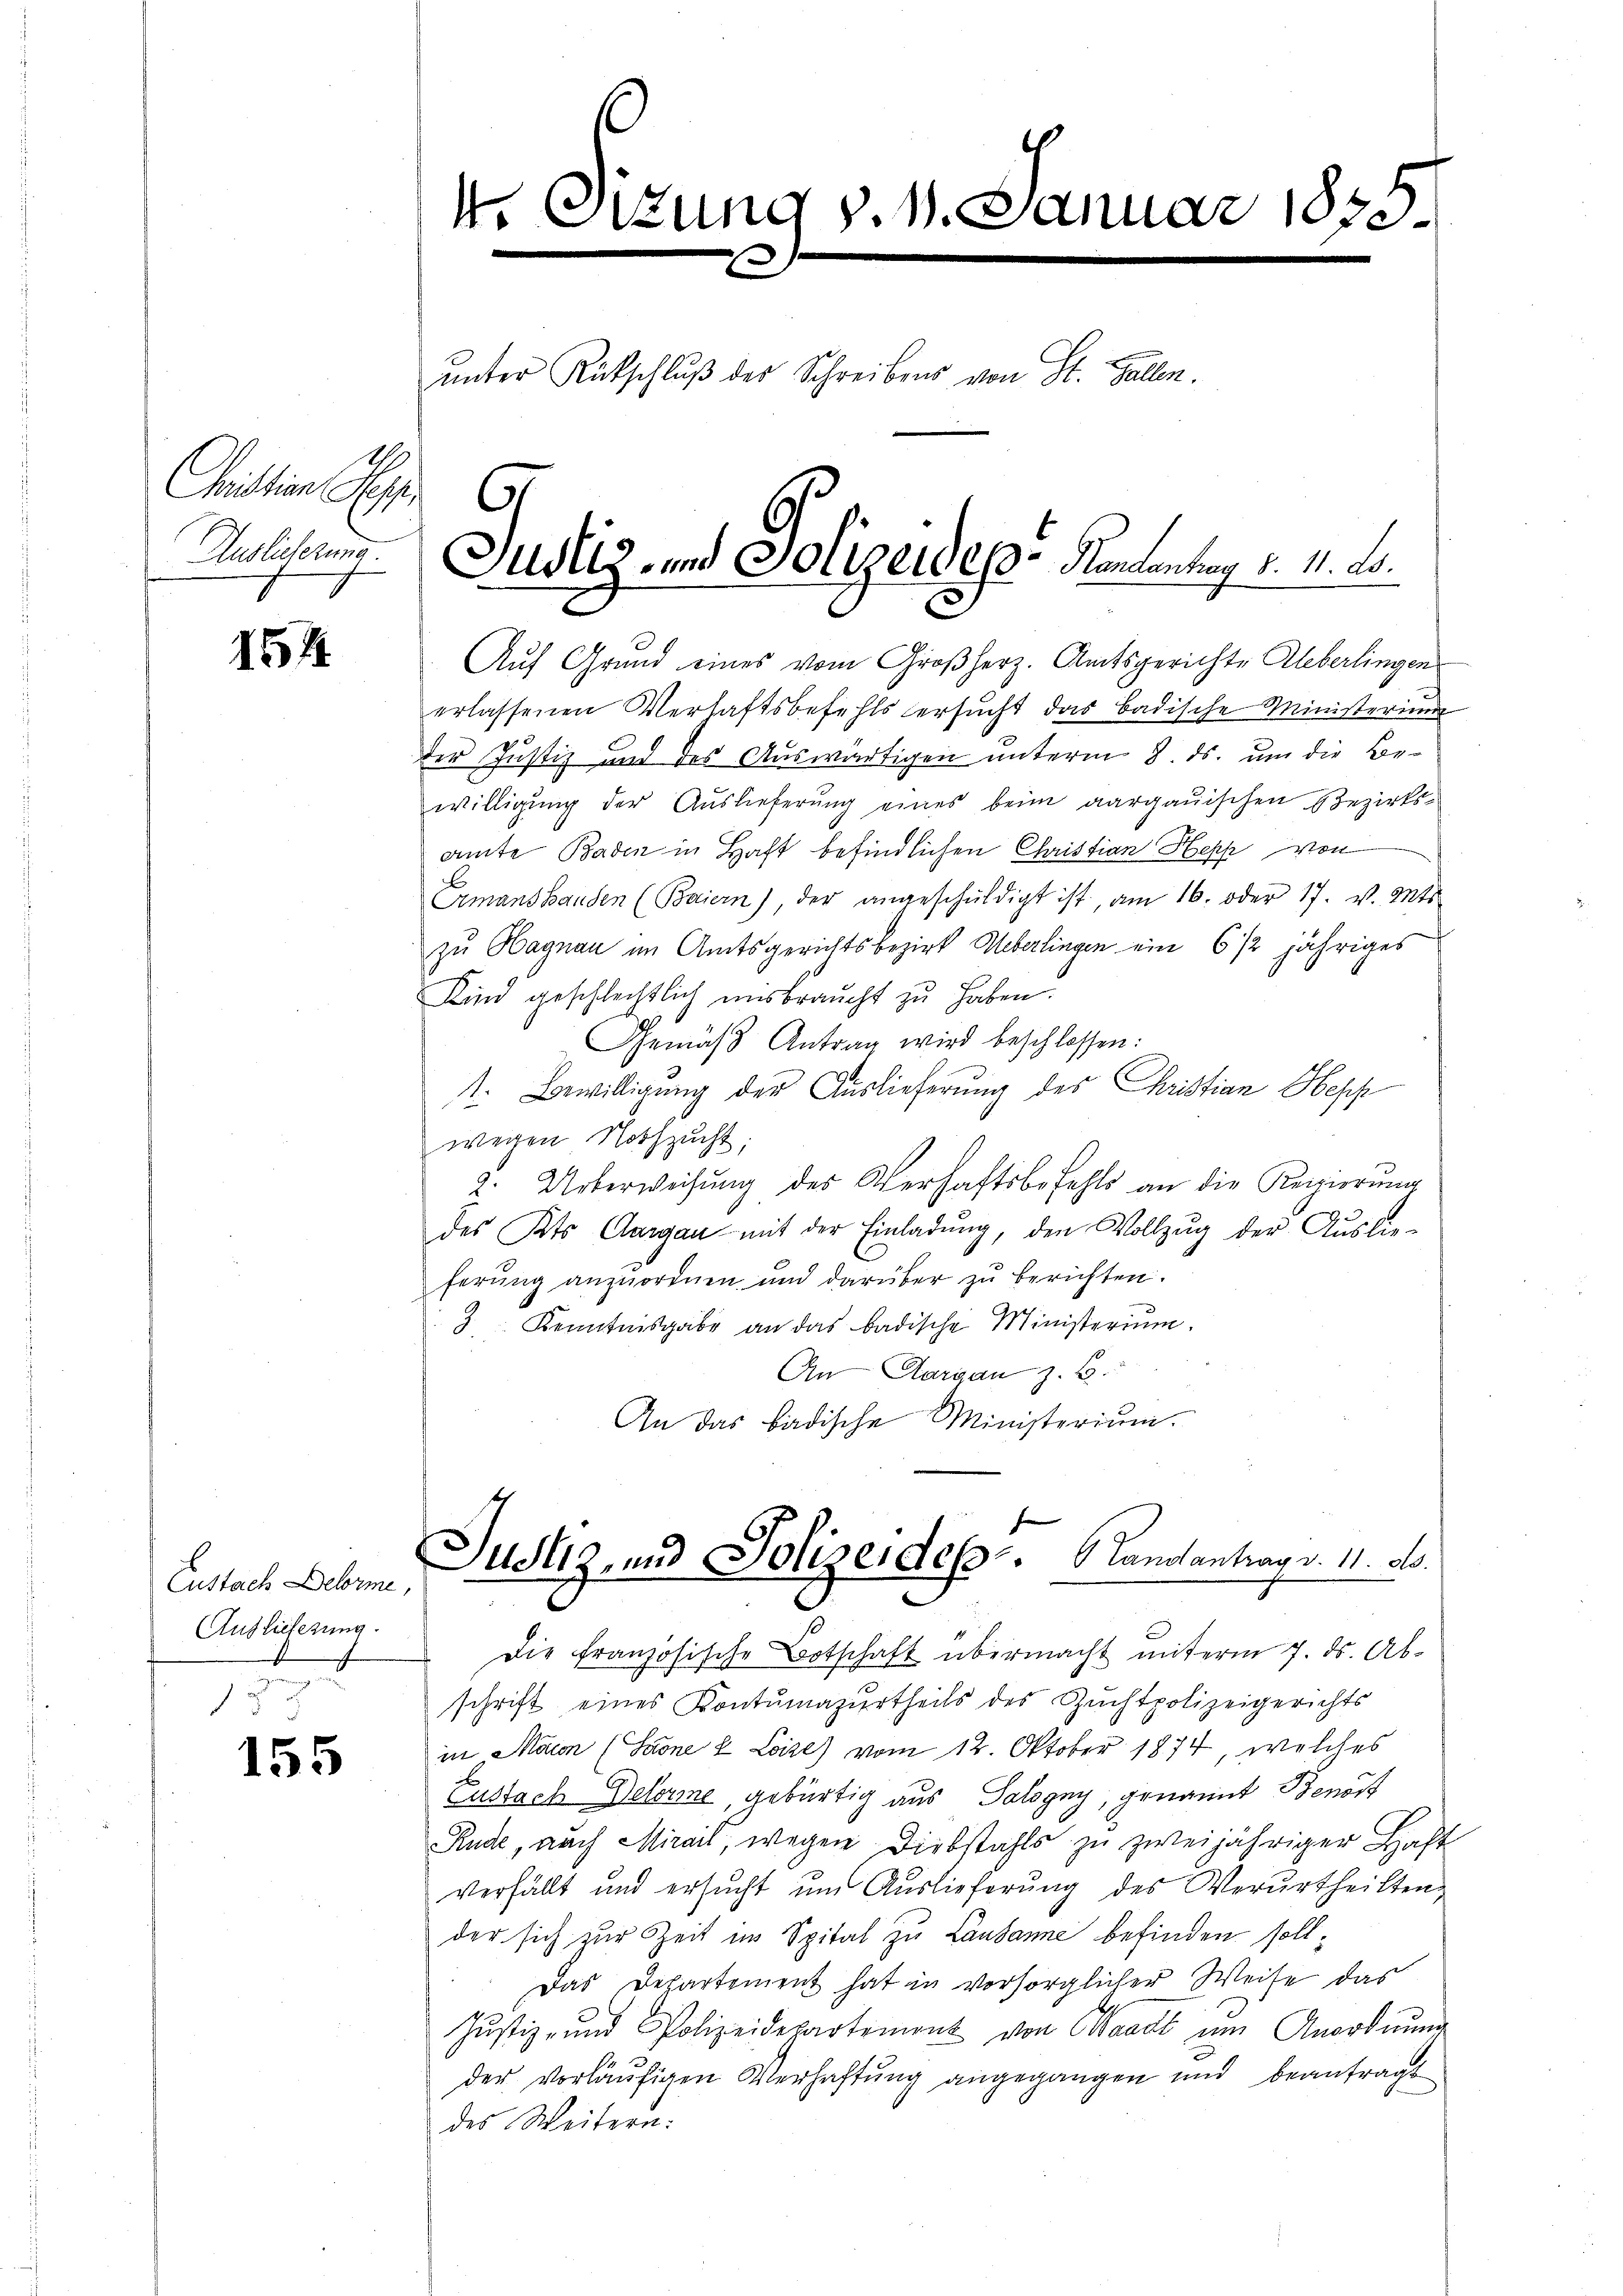
Cristian Spr
Auslicherung.

154

Eustach Debrme,
Auslieferung.
u
.

155

Auf Grund eines vom Großherz. Amtsgerichte Ueberlingen
erlassenen Verhaftsbefehls ersŭcht das badische Ministerium
der Justiz und des Auswärtigen unterm 8. ds. um die Bewilligung der Auslieferung eines beim aargauischen Bezirksamte Baden in Haft befindlichen Christian Hepp von
Ermanshanden (Baiern), der angeschŭldigt ist, am 16. oder 17. v. Mts.
zu Hagnau im Amtsgerichtsbezirk Ueberlingen ein 6 1/2 jähriges
Kind geschlechtlich unsbraucht zu haben.
Gemäβ Antrag wird beschlossen:
s. Bewilligung der Auslieferung des Christian Hepp
wegen Nothzucht;
2. Ueberweisung des Verhaftsbefehls an die Regierung
des Kts. Aargau mit der Einladŭng, den Vollzŭg der Auslie-
ferung anzuordnen und darüber zu berichten.
J. Kenntnisgabe an das badische Ministerium.
An Aargau z. B.
An das badische Ministerium.

t. Sitzung v. 1. Januar 1890
ŭnter Rückschlŭβ des Schreibens von St. Gallen.
C

Justiz- und Polizeides Handantrag d. 11. ds.

Justiz, und Polizeides. Landantrag v. 11. ds.
e

Die französische Botschaft übermacht unterm 7. ds. Abschrift eines Kontumazurtheils des Zuchtpolizeigerichts
in Maion (Saone & Loize) vom 12. Oktober 1874, welches
Eustach Dekorie, gebürtig aus Talsgny, genannt Benort
Rude, auch Mirail, wegen Diebstahls zu zweijähriger Haft
verfällt und ersucht um Auslieferung des Verurtheilten
der sich zur Zeit im Spital zu Lausanne befinden soll;
Das Departement hat in versorglicher Weise das
Justiz- und Polizeidepartemont von Waadt ŭm Anordnŭng
der vorläufigen Verhaftung angegangen und beantragt
des Weitern: